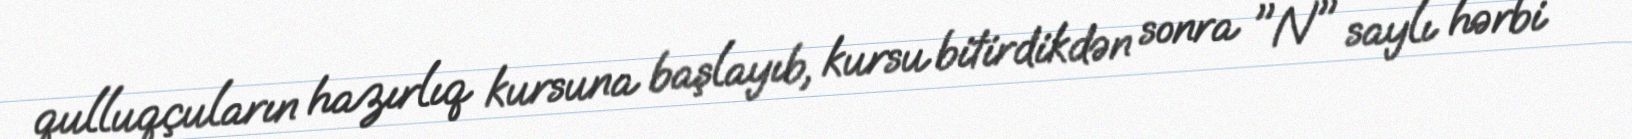
qulluqçuların hazırlıq kursuna başlayıb, kursu bitirdikdən sonra "N" saylı hərbi